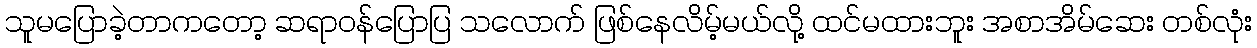
သူမပြောခဲ့တာကတော့ ဆရာဝန်ပြောပြ သလောက် ဖြစ်နေလိမ့်မယ်လို့ ထင်မထားဘူး အစာအိမ်ဆေး တစ်လုံး